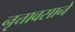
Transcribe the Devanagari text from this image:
नृत्तावसाने